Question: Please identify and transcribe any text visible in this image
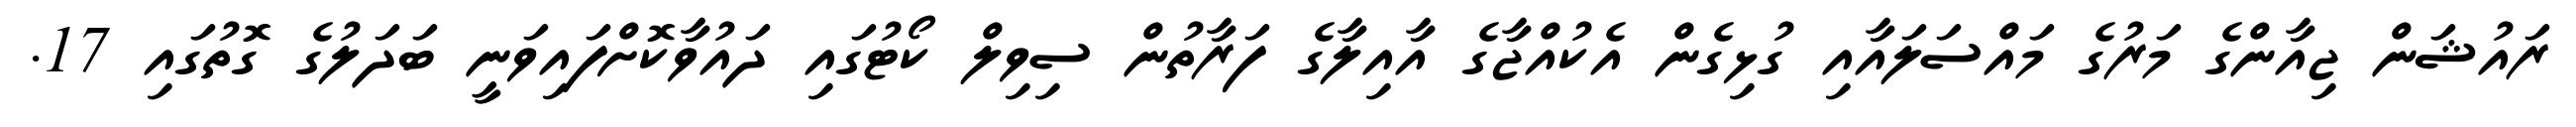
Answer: ރައުޝަން ޖިއާންގެ މަރުގެ މައްސަލައާއި ގުޅިގެން އެކުއްޖާގެ އާއިލާގެ ފަރާތުން ސިވިލް ކޯޓުގައި ދައުވާކޮށްފައިވަނީ ބަދަލުގެ ގޮތުގައި 17.